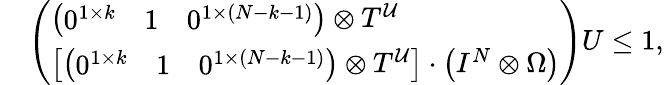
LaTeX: \begin{array}{rl}&{\left(\begin{array}{l}{\left(\begin{array}{lll}{0^{1\times k}}&{1}&{0^{1\times(N-k-1)}}\end{array}\right)\otimes T^{\mathcal{U}}}\\ {\left[\left(\begin{array}{lll}{0^{1\times k}}&{1}&{0^{1\times(N-k-1)}}\end{array}\right)\otimes T^{\mathcal{U}}\right]\cdot\left(I^{N}\otimes\Omega\right)}\end{array}\right)U\leq 1,}\end{array}